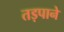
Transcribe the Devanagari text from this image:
तड़पाने